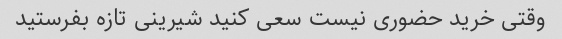
وقتی خرید حضوری نیست سعی کنید شیرینی تازه بفرستید